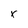
Character: r